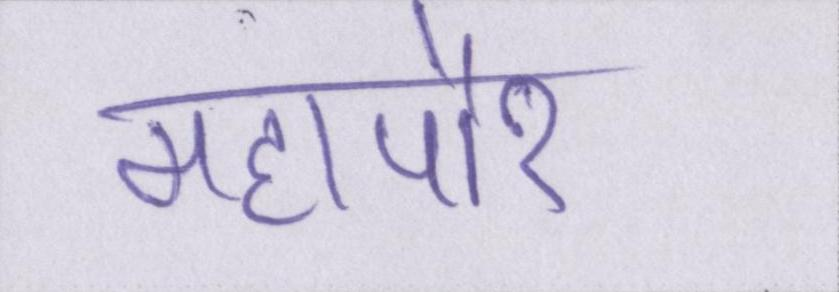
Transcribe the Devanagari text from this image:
महापौर